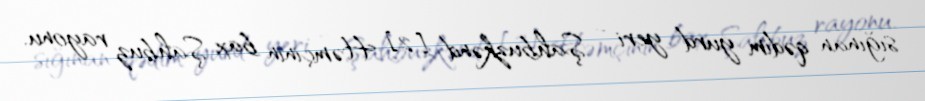
sığınan qədim yurd yeri - Şahbuzkənd [2] Həmçinin bax Şahbuz rayonu.